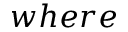
w h e r e